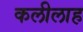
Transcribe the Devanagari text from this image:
कलीलाह